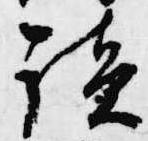
読